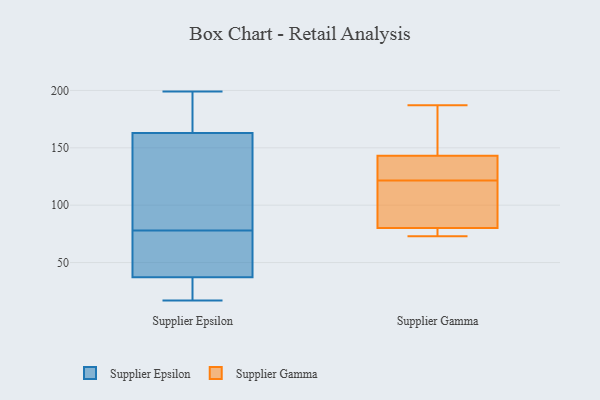
{"axis": {"x": "Gross Profit (USD K)", "y": "Value"}, "legend": ["Supplier Epsilon", "Supplier Gamma"], "data": [{"x": "", "y": 160, "type": "Supplier Epsilon"}, {"x": "", "y": 169, "type": "Supplier Epsilon"}, {"x": "", "y": 20, "type": "Supplier Epsilon"}, {"x": "", "y": 41, "type": "Supplier Epsilon"}, {"x": "", "y": 17, "type": "Supplier Epsilon"}, {"x": "", "y": 185, "type": "Supplier Epsilon"}, {"x": "", "y": 78, "type": "Supplier Epsilon"}, {"x": "", "y": 161, "type": "Supplier Epsilon"}, {"x": "", "y": 199, "type": "Supplier Epsilon"}, {"x": "", "y": 43, "type": "Supplier Epsilon"}, {"x": "", "y": 75, "type": "Supplier Epsilon"}, {"x": "", "y": 26, "type": "Supplier Epsilon"}, {"x": "", "y": 128, "type": "Supplier Epsilon"}, {"x": "", "y": 187, "type": "Supplier Gamma"}, {"x": "", "y": 92, "type": "Supplier Gamma"}, {"x": "", "y": 74, "type": "Supplier Gamma"}, {"x": "", "y": 73, "type": "Supplier Gamma"}, {"x": "", "y": 80, "type": "Supplier Gamma"}, {"x": "", "y": 103, "type": "Supplier Gamma"}, {"x": "", "y": 140, "type": "Supplier Gamma"}, {"x": "", "y": 143, "type": "Supplier Gamma"}, {"x": "", "y": 183, "type": "Supplier Gamma"}, {"x": "", "y": 143, "type": "Supplier Gamma"}]}